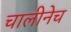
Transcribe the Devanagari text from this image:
चालीनेच